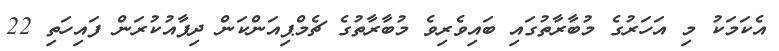
އެކަމަކު މި އަހަރުގެ މުބާރާތުގައި ބައިވެރިވެ މުބާރާތުގެ ޗެމްޕިއަންކަން ދިފާއުކުރަން ފައިހަތި 22